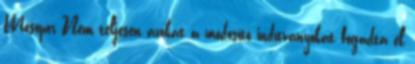
Mosópor Nem teljesen azokat a módosító indítványokat fogadta el